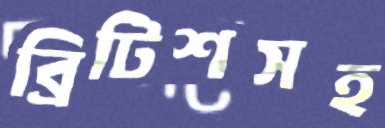
ব্রিটিশসহ